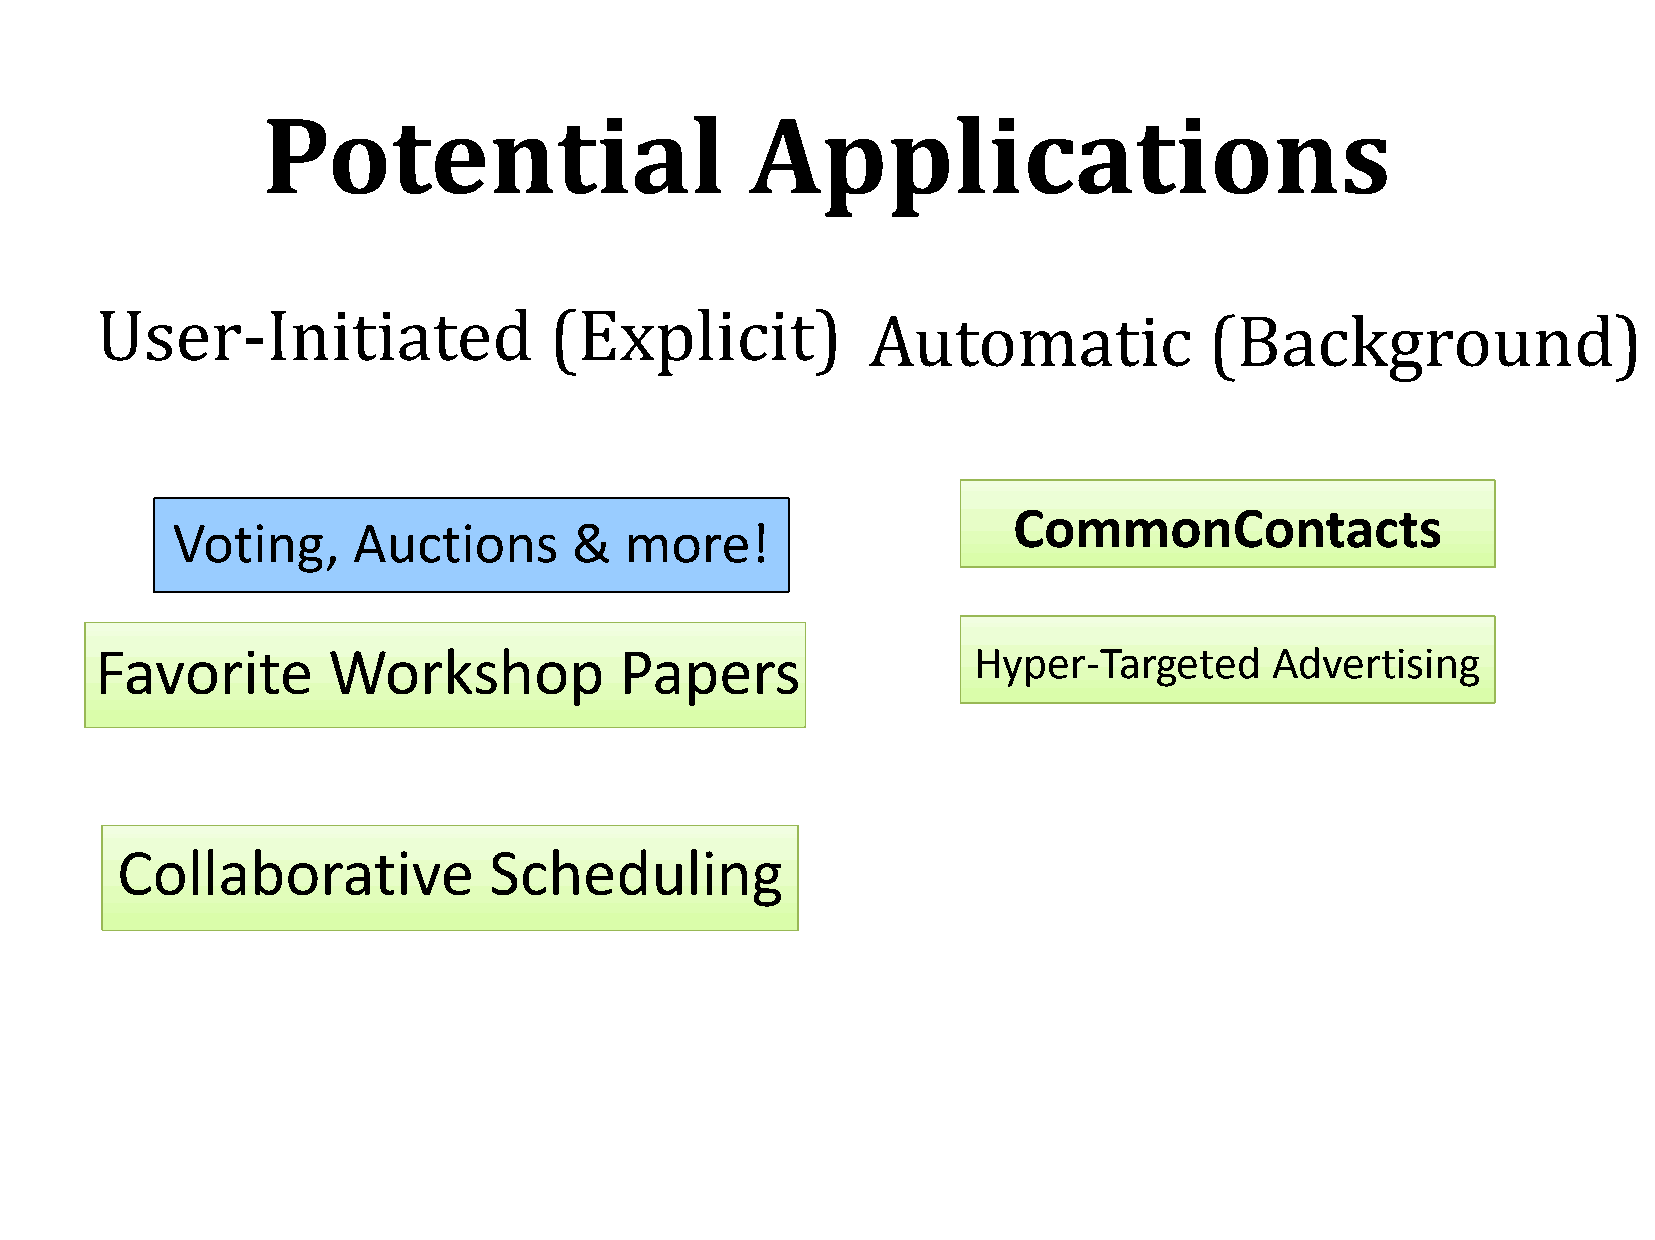
Potential                        Applications
 User-Initiated                (Explicit)            Automatic             (Background)
 CommonContacts
 Voting,     Auctions       &  more!
 Favorite        Workshop           Papers                 Hyper-Targeted      Advertising
 CCoollllaabboorraattiivvee SScchheedduulliinngg